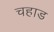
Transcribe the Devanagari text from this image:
चहाड